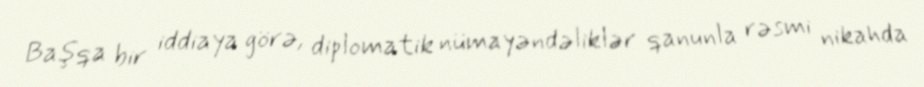
Başqa bir iddiaya görə, diplomatik nümayəndəliklər qanunla rəsmi nikahda